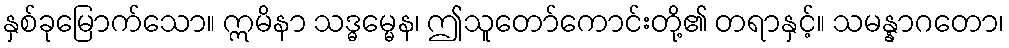
နှစ်ခုမြောက်သော။ ဣမိနာ သဒ္ဓမ္မေန၊ ဤသူတော်ကောင်းတို့၏ တရာနှင့်။ သမန္နာဂတော၊